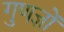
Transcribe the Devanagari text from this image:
गुणज्ञों